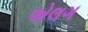
એલગ